Vaccination in Burma 1912-1922 - 1912-1922
Year: 1912
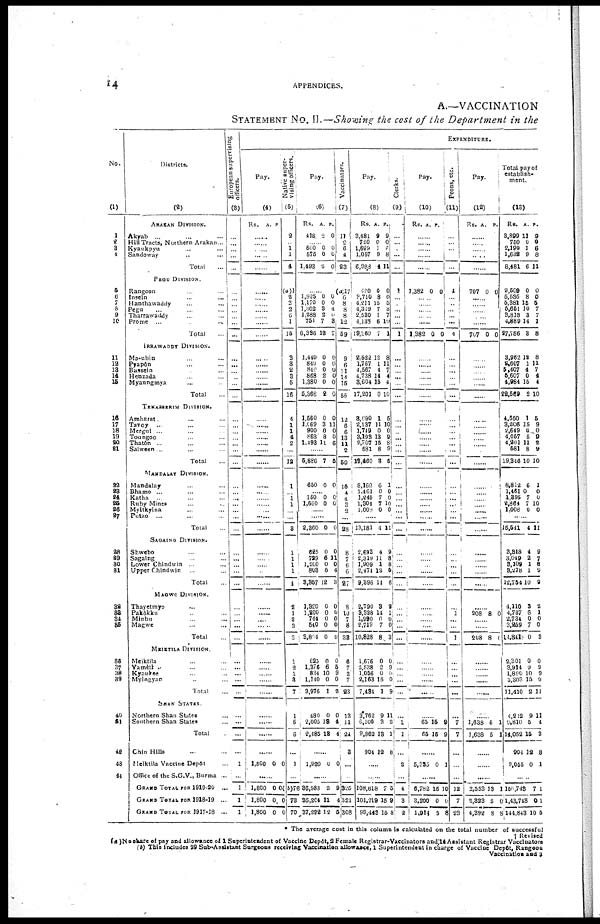
14
APPENDICES.
A.—VACCINATION
STATEMENT No. II.—Showing the cost of the Department in the
No.
(1)
1
2
3
4
5
6
7
6
9
10
11
12
13
14
16
18
17
18
19
20
21
22
23
24
25
26
27
28
29
30
31
32
33
34
35
36
37
38
39
40
41
42
43
44
Districts.
(2)
ARAKAN DIVISION.
Akyab ... ... ...
Hill Tracts, Northern Arakan ..
Kyaukpyu... ... ...
Sandoway... ... ...
Total...
PEGU DIVISION.
Rangoon... ... ...
Insein... ... ...
Hanthawaddy... ... ...
Pegu... ... ...
Tharrawaddy... ... ...
Prome... ... ...
Total...
IRRAWADDY DIVISION.
Ma-ubin... ... ...
Pyapôn... ... ...
Bassein... ... ...
Henzada... ... ...
Myaungmya... ... ...
Total...
TENASSERlM DIVISION.
Amherst. ... ...
Tavoy... ... ...
Mergui ... ... ...
Toungoo... ... ...
Thatôn... ... ...
Salween ...... ... ...
Total...
MANDALAY DIVISION.
Mandalay... ... ...
Bhamo ... ... ...
Katha ... ... ...
Ruby Mines... ... ...
Myitkyina... ... ...
Putao ... ... ...
Total...
SAGAING DIVISION.
Shwebo... ... ...
Sagaing... ... ...
Lower Chindwin...
Upper Chindwin...
Total...
MAGWE DIVISION.
Thayetmyo... ... ...
Pakôkku... ... ...
Minbu... ... ...
Magwe... ... ...
Total...
MEIKTILA DIVISION.
Meiktila... ... ...
Yamètkila... ... ...
Kyaukse... ... ...
Myingyan... ... ...
Total...
SHAN STATES.
Northern Shan States... ...
Southern Shan States... ...
Total...
Chin Hills... ...
Meiktila Vaccine Depôt... ...
Office of the S.G.V., Burma ..
GRAND TOTAL FOR 1919-20 ...
GRAND TOTAL FOR 1918-19 ...
GRAND TOTAL FOR 1917-18 ...
European supervising
(3)
...
...
...
...
...
...
...
...
...
...
...
...
...
...
...
...
...
...
...
...
...
...
...
...
...
...
...
...
...
...
...
...
...
...
...
...
...
...
...
...
...
...
...
...
...
...
...
...
...
...
...
1
...
1
1
1
EXPENDITURE.
Pay.
(4)
Rs.
A. P.
......
......
......
......
......
......
......
......
......
......
......
......
......
......
......
......
......
......
......
......
......
......
......
......
......
......
......
......
......
......
......
......
......
......
......
......
......
......
......
......
......
......
......
......
......
......
......
......
......
......
......
1,800 0 0
......
1,800
1,800
1,800
0
0
0
0
0
0
Native super-
vising officers.
(5)
3
...... 1
1
4
(a)1
2 3
2
6
1
15
3
3
2
3
5
16
4
1 1
4
2
......
12
1
...... 1
1
......
......
3
1
1
1
1
4
2
1
2
3
3
1
2
1
3
7
1
5
6
......
1
......
(b)76
73
70
Pay.
(6)
Rs.
418
A.
2
P.
0
...... 500
575
1,493
0
0
2
0
0
0
......
1,825
1,170
1,302
1,288
751
6,336
0
0
3
2
7
12
0
0 4
0
3
7
1,440
840
840
868
1,380
5,368
0
0
0
2
0
2
0
0
0
0
0
0
1,560
1,069
900
863
1,493
0
3
0
8
11
0
11
0
0
6
...
5,886 7 6
650 0 0
... 150
1,560
0
0
0
0
......
......
2,360 0 0
625
729
1,200
803
3,867
0
6
0
5
12
0
11
0
4
3
1,320
1,200
744
540
3,804
0
0
0
0
0
0
0
0
0
0
625
1,376
834
1,140
3,976
0
6
10
0
1
0
5
9
0
2
480
2,005
2,485
0
18
18
0
4
4
......
1,920 0 0
......
36,988
35,204
37,298
2
11
12
9
4
5
Vaccinators.
(7)
11
2 6
4
23
(a)17
6
8
8
8
12
59
9
6
11
14
15
55
12
6
6
13
11
2
50
15
4
4
3
2
......
28
8
7
6
6
27
8
10
7
8
33
6
7
3
7
23
13
11
24
3
...
...
325
321
308
Pay.
(8)
Rs.
3,481
750
1,699
1,057
6,983
A.
9
0
1
9
4
P.
9
0 6
8
11
420
3,710
4,211
4,319
2,530
1,138
l9,360
0
8
15
7
1
6
7
0
0
5
3
7
10
1
2,522
1,767
4,567
4,738
3,604
17,201
12
1
4
14
15
0
8
11
7
4
4
10
3,090
2,137
1,749
3,193
2,707
581
13,460
1
11
0
13
15
8
3
5
10
0
9
8
9
5
8,162
1,461
1,245
1,304
1,008
6
0
7
7
0
1
0
0
10
0
......
13,181 4 11
2,693
2,319
1,909
2,474
9,396
4
11
1
12
14
9
8
8
5
6
2,790
3,328
1,990
2,719
10,828
3
14
0
7
8
2
1
0 0
3
1,676
2,538
1,056
2,163
7,434
0
2
0
15
1
0
9
0
0
9
3,762
6,100
9,862
904
9
3
13
12
11
2
1
8
......
......
108,618
101,219
99,443
7
15
15
5
9
8
Clerks.
(9)
...
...
...
...
...
1
...
...
...
...
...
1
...
...
...
...
...
...
...
...
...
...
...
...
...
...
...
...
...
...
...
...
...
...
...
...
...
...
...
...
...
...
...
...
...
...
...
...
1
1
...
...
. . .
4
3
2
Pay.
(10)
Rs. A. P.
......
......
......
......
......
1,382 0 0
......
......
......
......
......
1,382 0 0
......
......
......
......
......
......
......
......
......
......
......
......
......
......
......
......
......
......
......
......
......
......
......
......
......
......
......
......
......
......
......
......
......
......
......
......
65
65
15
15
9
9
......
5,335 0 1
......
6,782
3,200
1,914
15
0
5
10
0
8
Peons, etc.
(11)
...
...
...
...
...
4
...
...
...
...
...
4
...
...
...
...
...
...
...
...
...
...
...
...
...
...
...
... ...
...
...
...
...
...
...
...
...
...
1
...
...
1
...
...
... ...
...
...
7
7
...
...
...
12
7
23
Pay.
(12)
Rs. A. P.
......
......
......
......
......
707 0 0
......
......
......
......
......
707 0 0
......
......
......
...... ......
......
......
......
......
......
......
......
......
......
......
......
......
......
......
......
......
......
......
......
......
......
208 8 0
......
......
208 8 0
......
......
......
......
......
......
1,638
1,638
5
5
1
1
......
......
......
2,553
2,323
4,392
13
5
8
1
0
8
Total pay of
establish-
ment.
(13)
Rs.
3,899
750
2,199
1,632
8,481
A.
11
0
1
9
6
P.
9
9
6
8
11
3,509
5,535
5,381
5,651
3,811
4,889
27,786
0
8
15
10
3
14
3
0
0
5
7
7
1
8
3,962
2,607
5,407
5,607
4,984
22,609
12
1
4
0
15
2
8
11
7
4
4
10
4,650
3,206
2,649
4,057
4,201
581
19,346
1
15
0
5
11
8
10
5
9
0
9
2 9
10
8,812
1,461
1,395
2,864
1,008
6
0
7
7
0
1
0
0
10
0
......
15,541 4 11
3,318
3,049
3,109
3,278
12,754
4
2
1
1
10
9
7
8
9
9
4,110
4,737
2,734
3,259
11,841
3
6
0
7
0
3
1
0
0
3
2,301
3,914
1,890
3,303
11,410
0
9
10
15
2
0
2 9
9
11
4,212
9,810
14,052
904
9,055
9
5
15
12
0
11
4
3
8
1
......
150,748
1,43,748
144,843
7
0
10
1
1
5
* The average cost in this column is calculated on the total number of successful
† Revised
(a )No share of pay and allowance of 1 Superintendent of Vaccine Depôt, 2 Female Registrar-Vaccinators and 14 Assistant Registrar Vaccinators
(b) This Includes 29 Sub-Assistant Surgeons receiving Vaccination allowance, 1 Superintendent in charge of Vaccine Depôt, Rangoon
Vaccination and 3